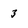
Character: 3